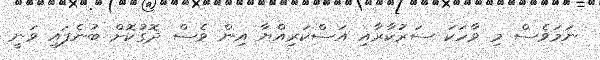
ނަމަވެސް މި ވާހަކަ ސަރުކާރާއި އަސްކަރިއްޔާ އިން ވެސް ދޮގުކޮށް ބުނެފައި ވަނީ